Medical and sanitary report of the native army of Bengal for the year
Year: 1876
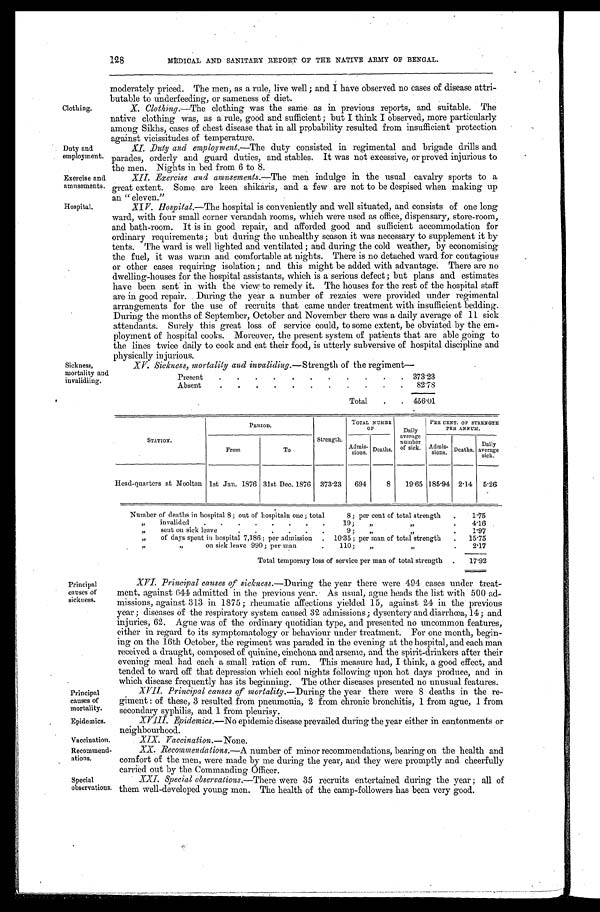
Clothing.
Duty and
employment.
Exercise and
amusements.
Hospital.
Sickness,
mortality ant
invalidiing.
Principal
causes of
mortality.
Epidemics.
Vaccination.
Recommend.
ations.
Special
observations
128
MEDICAL AND SANITARY IMPORT OF THE NATIVE ARMY OF BENGAL.
moderately priced. The men, as a rule, live well; and I have observed no cases of disease attri
- b u t a b l e t o u n d e r f e e d i n g , o r s a m e n e s s o f d i e t .
X. Clothing.—The clothing was the same as in previous reports, and suitable. The
native clothing was, as a rule, good and sufficient; but I think I observed, more particularly
among Sikhs, cases of chest disease that in all probability resulted from insufficient protection
against vicissitudes of temperature.
XI. Duty and empl oyment.— T h e d u t y c o n s i s t e d i n r e g i m e n t a l a n d b r i g a d e d r i l l s a n d
parades, orderly and guard duties, and stables. It was not excessive, or proved injurious to
the men. Nights in bed from 6 to 8.
XII. Exercise and amusements. —The men indulge in the usual cavalry sports to a
great extent. Some are keen shikaris, and a few are not to be despised when making up
an "eleven."
XIV. Hospital. —The hospital is conveniently and well situated, and consists of one long
ward, with four small corner verandah rooms, which were used as office, dispensary, store-room,
and bath-room. It is in good repair, and afforded good and sufficient accommodation for
ordinary requirements; but during the unhealthy season it was necessary to supplement it by
tents. The ward is well lighted and ventilated; and during the cold weather, by economising
the fuel, it was warm and comfortable at nights. There is no detached ward for contagious
or other cases requiring isolation; and this might be added with advantage. There are no
dwelling-houses for the hospital assistants, which is a serious defect; but plans and estimates
have been sent in with the view to remedy it. The houses for the rest of the hospital staff
are in good repair. During the year a number of rezaies were provided under regimental
arrangements for the use of recruits that came under treatment with insufficient bedding.
During the months of September, October and November there was a daily average of 11 sick
attendants. Surely this great loss of service could, to some extent, be obviated by the em
-ployment of hospital cooks. Moreover, the present system of patients that are able going to
the lines twice daily to cook and eat their food, is utterly subversive of hospital discipline and
physically injurious.
XV. Sickness, mortality and invaliding.— Strength of the regiment
—
Present
373.23
Absent
82.78
Total
456.01
STATION.
PERIOD.
Strength.
TOTAL NUMBER
OF
Daily
number of sick.
PER CENT. OF STRENGTH
P E R ANNUM.
From
To
Admis- sions. Deaths.
Admis- sions. Deaths. Daily
average sick.
Head-quarters at Mooltan 1st Jan. 1876 31st Dec. 1876 373.23 694
8 19.65 185.94 2.14 5.26
Number of deaths in hospital 8; out of hospitain one; total 8; per cent of total strength
1. 75
" invalided19; ” ” 4. 16
" S e n t o n s i c k l e a v e 9 ; " " 1. 97
" of days spent in hospital 7,186; per admission 10.35; per man of total strength 15. 75
" " on sick leave 990; per man 110; " " 2. 17
Total temporary loss of service per man of total strength
17. 92
Principal
causes of
sickness.
XVI. Principal causes of sickness. —During the year there were 494 cases under treat
-ment, against 644 admitted in the previous year. As usual, ague heads the list with 500 ad
- m i s s i o n s , a g a i n s t 3 1 3 i n 1 8 7 5 ; r h e u m a t i c a f f e c t i o n s y i e l d e d 1 5 , a g a i n s t 2 4 i n t h e p r e v i o u s
year; diseases of the respiratory system caused 32 admissions; dysentery and diarrhœa, 14; and
injuries, 62. Ague was of the ordinary quotidian type, and presented no uncommon features,
either in regard to its symptomatology or behaviour under treatment. For one month, begin
-ing on the 16th October, the regiment was paraded in the evening at the hospital, and each man
received a draught, composed of quinine, cinchona and arsenic, and the spirit-drinkers after their
evening meal had each a small ration of rum. This measure had, I think, a good effect, and
tended to ward off that depression which cool nights following upon hot days produce, and in
which disease frequently has its beginning. The other diseases presented no unusual features.
XVII. Principal causes of mortality. —During the year there were 8 deaths in the re
- g i m e n t : o f t h e s e , 3 r e s u l t e d f r o m p n e u m o n i a , 2 f r o m c h r o n i c b r o n c h i t i s , 1 f r o m a g u e , 1 f r o m
secondary syphilis, and 1 from pleurisy.
XVIII. Epidemic s.—No epidemic disease prevailed during the year either in cantonments or
neighbourhood.
XIX. Vaccination. —None.
XX. .Recommendations. —A number of minor recommendations, bearing on the health and
comfort of the men, were made by me during the year, and they were promptly and cheerfully
carried out by the Commanding Officer.
XXI. Special observations.—There were 35 recruits entertained during the year; all of
them well-developed young men. The health of the camp-followers has been very good.